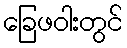
ခြေဖဝါးတွင်